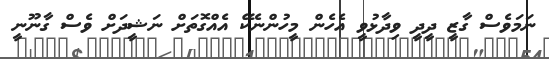
ނަމަވެސް ގާޒީ ދީދީ ވިދާޅުވީ އެހެން މީހުންނެކޭ އެއްގޮތަށް ނަޝީދަށް ވެސް ގާނޫނީ